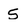
Character: S